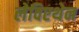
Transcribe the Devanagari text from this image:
लेविएथेन